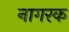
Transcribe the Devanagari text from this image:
नागरक